Vaccination North-Western Provinces 1866-1877 - 1866-1877
Year: 1866
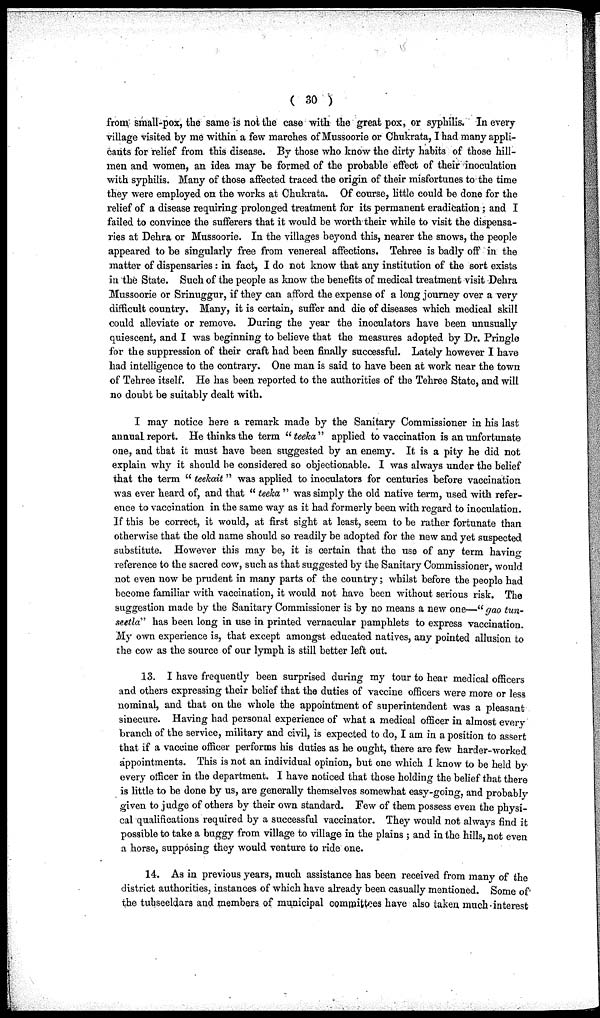
( 30 )
from small-pox, the same is not the case with the great pox, or syphilis. In every
village visited by me within a few marches of Mussoorie or Chukrata, I had many appli-
cants for relief from this disease. By those who know the dirty habits of those hill-
men and women, an idea may be formed of the probable effect of their inoculation
with syphilis. Many of those affected traced the origin of their misfortunes to the time
they were employed on the works at Chukrata. Of course, little could be done for the
relief of a disease requiring prolonged treatment for its permanent eradication; and I
failed to convince the sufferers that it would be worth their while to visit the dispensa-
ries at Dehra or Mussoorie. In the villages beyond this, nearer the snows, the people
appeared to be singularly free from venereal affections. Tehree is badly off in the
matter of dispensaries: in fact, I do not know that any institution of the sort exists
in the State. Such of the people as know the benefits of medical treatment visit Dehra
Mussoorie or Srinuggur, if they can afford the expense of a long journey over a very
difficult country. Many, it is certain, suffer and die of diseases which medical skill
could alleviate or remove. During the year the inoculators have been unusually
quiescent, and I was beginning to believe that the measures adopted by Dr. Pringle
for the suppression of their craft had been finally successful. Lately however I have
had intelligence to the contrary. One man is said to have been at work near the town
of Tehree itself. He has been reported to the authorities of the Tehree State, and will
no doubt be suitably dealt with.
I may notice here a remark made by the Sanitary Commissioner in his last
annual report. He thinks the term "teeka" applied to vaccination is an unfortunate
one, and that it must have been suggested by an enemy. It is a pity he did not
explain why it should be considered so objectionable. I was always under the belief
that the term "teekait" was applied to inoculators for centuries before vaccination
was ever heard of, and that "teeka" was simply the old native term, used with refer-
ence to vaccination in the same way as it had formerly been with regard to inoculation.
If this be correct, it would, at first sight at least, seem to be rather fortunate than
otherwise that the old name should so readily be adopted for the new and yet suspected
substitute. However this may be, it is certain that the use of any term having
reference to the sacred cow, such as that suggested by the Sanitary Commissioner, would
not even now be prudent in many parts of the country; whilst before the people had
become familiar with vaccination, it would not have been without serious risk. The
suggestion made by the Sanitary Commissioner is by no means a new one—"gao tun-
seetla" has been long in use in printed vernacular pamphlets to express vaccination.
My own experience is, that except amongst educated natives, any pointed allusion to
the cow as the source of our lymph is still better left out.
13. I have frequently been surprised during my tour to hear medical officers
and others expressing their belief that the duties of vaccine officers were more or less
nominal, and that on the whole the appointment of superintendent was a pleasant
sinecure. Having had personal experience of what a medical officer in almost every
branch of the service, military and civil, is expected to do, I am in a position to assert
that if a vaccine officer performs his duties as he ought, there are few harder-worked
appointments. This is not an individual opinion, but one which I know to be held by
every officer in the department. I have noticed that those holding the belief that there
is little to be done by us, are generally themselves somewhat easy-going, and probably
given to judge of others by their own standard. Few of them possess even the physi-
cal qualifications required by a successful vaccinator. They would not always find it
possible to take a buggy from village to village in the plains ; and in the hills, not even
a horse, supposing they would venture to ride one.
14. As in previous years, much assistance has been received from many of the
district authorities, instances of which have already been casually mentioned. Some of
the tubseeldars and members of municipal committees have also taken much interest